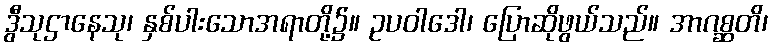
ဒွီသုဌာနေသု၊ နှစ်ပါးသောအရာတို့၌။ ဥပဝါဒေါ၊ ပြောဆိုဖွယ်သည်။ အာဂစ္ဆတိ၊